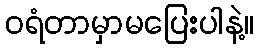
ဝရံတာမှာမပြေးပါနဲ့။